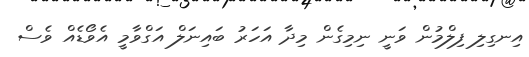
އިނގިލި ފިލްމުން ވަނީ ނިމިގެން މިދާ އަހަރު ބައިނަލް އަގްވާމީ އެވޯޑެއް ވެސް